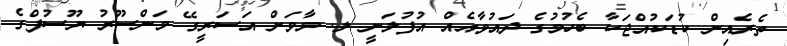
ތެރެއިން ކުޑަކުއްޖަކާ ބެހުމުގެ ދައުވާއެއް އުފުލަނީ ލ. މާވަށް އަސަރީގޭ މަންސޫރު ޔޫސުފްގެ